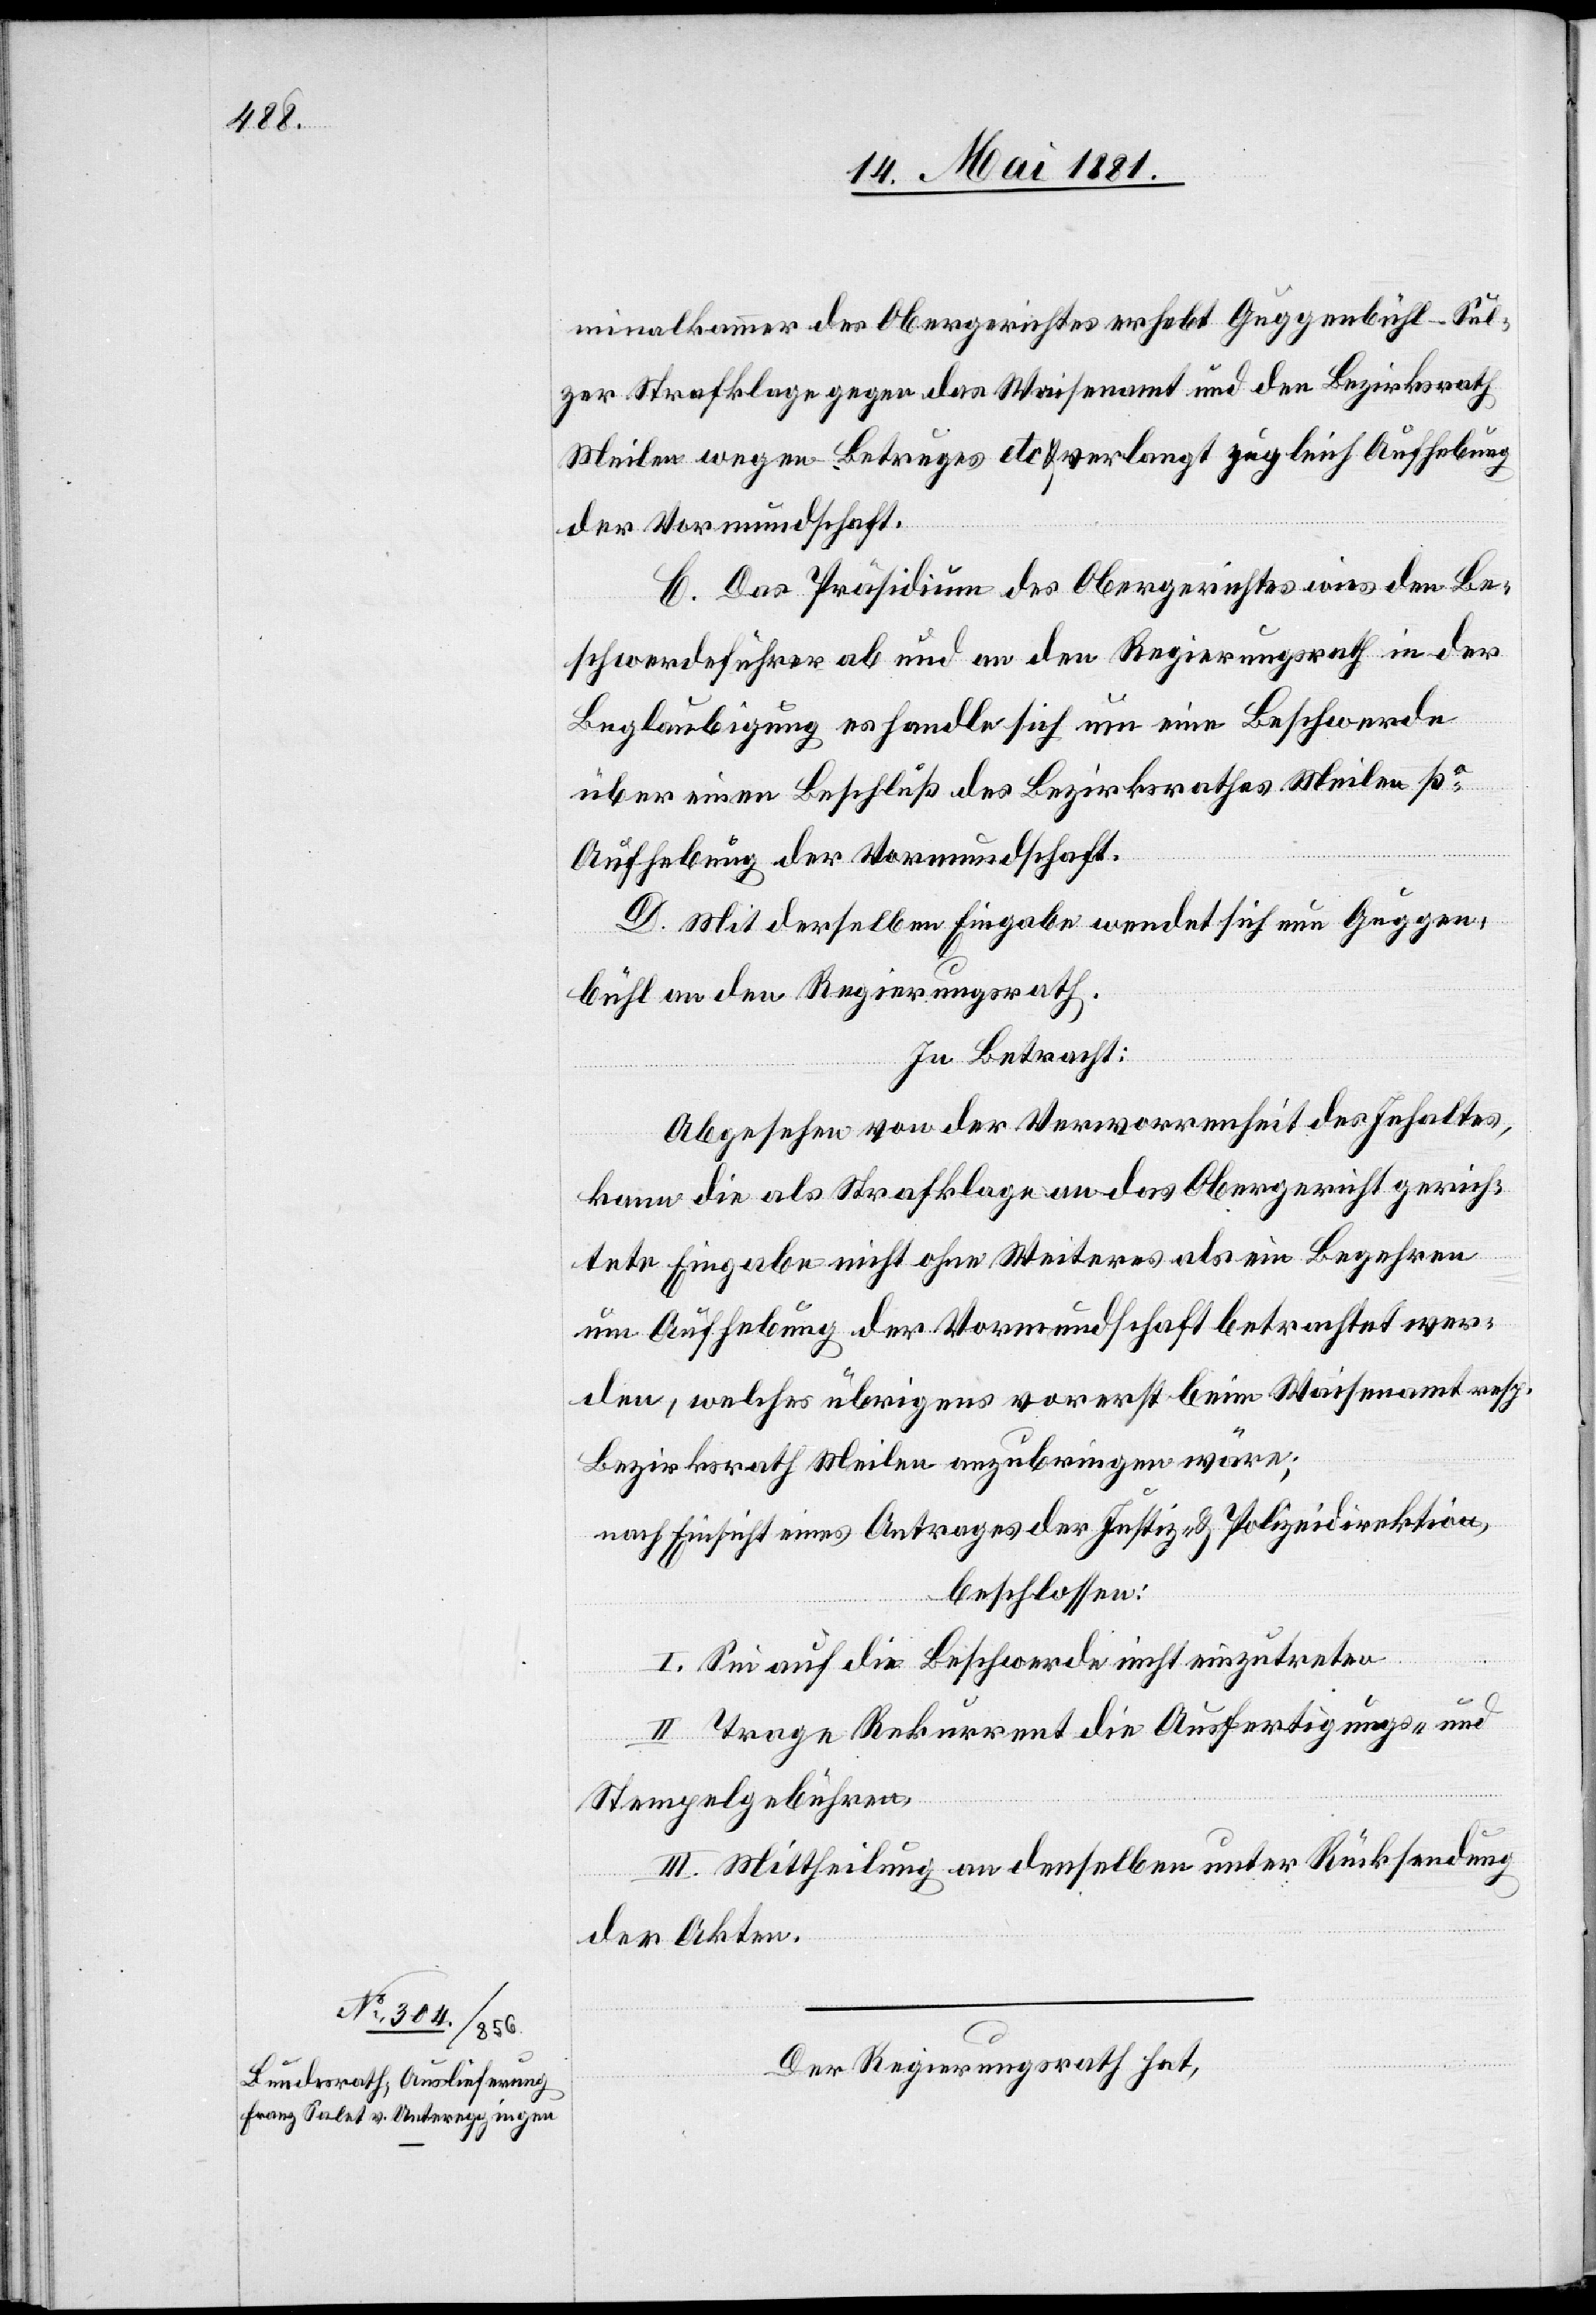
minalkammer des Obergerichtes erhebt Guggenbühl-Sul¬
zer Strafklage gegen das Waisenamt und den Bezirksrath
Meilen wegen Betruges etc & verlangt zugleich Aufhebung
der Vormundschaft.
C. Das Präsidium des Obergerichtes wies den Be¬
schwerdeführer ab und an den Regierungsrath in der
Beglaubigung es handle sich um eine Beschwerde
über einen Beschluß des Bezirksrathes Meilen po
Aufhebung der Vormundschaft.
D. Mit derselben Eingabe wendet sich nun Guggen¬
bühl an den Regierungsrath.
In Betracht:
Abgesehen von der Verworrenheit des Inhaltes,
kann die als Strafklage an das Obergericht gerich¬
tete Eingabe nicht ohne Weiteres als ein Begehren
um Aufhebung der Vormundschaft betrachtet wer¬
den, welches übrigens vorerst beim Waisenamt resp.
Bezirksrath Meilen anzubringen wäre;
nach Einsicht eines Antrages der Justiz- & Polizeidirektion,
beschlossen:
I. Sei auf die Beschwerde nicht einzutreten.
II. Trage Rekurrent die Ausfertigungs- und
Stempelgebühren.
III. Mittheilung an denselben unter Rücksendung
der Akten.
Der Regierungsrath hat,